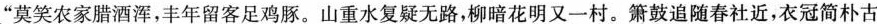
”莫笑农家腊酒浑，丰年留客足鸡豚。山重水复疑无路，柳暗花明又一村。\underline{箫鼓}追随春社近，衣冠简朴